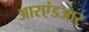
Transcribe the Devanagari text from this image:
आरएंडआर